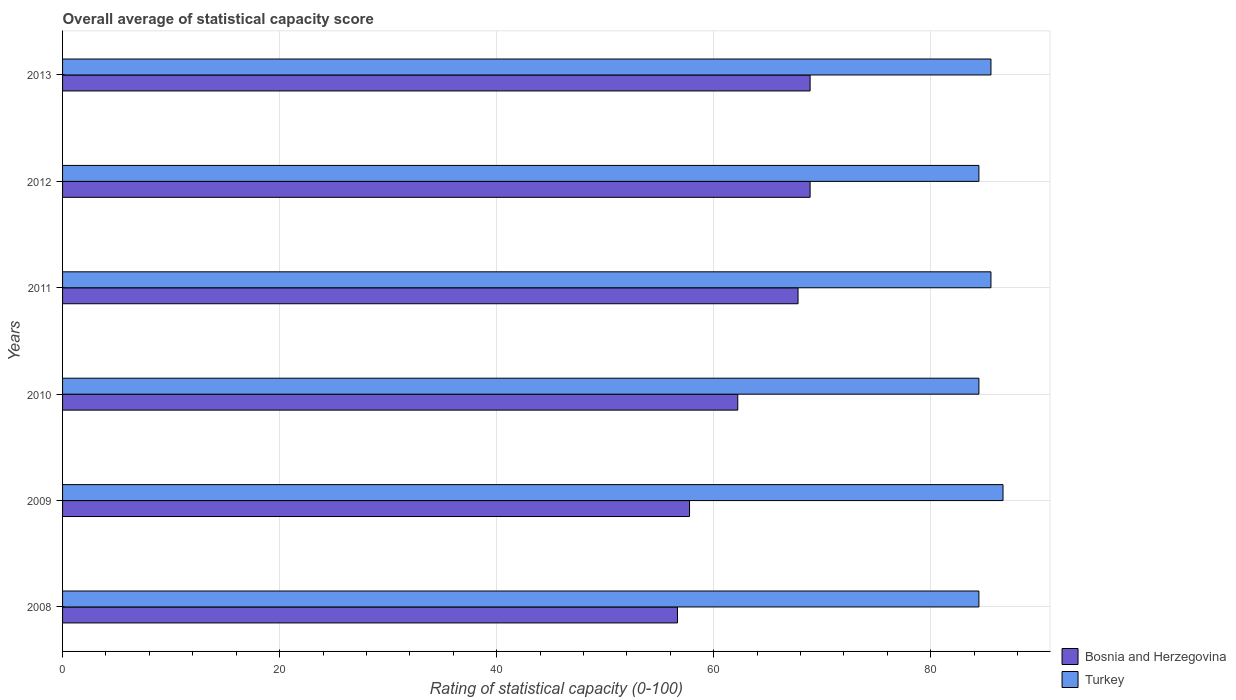
| Years | Bosnia and Herzegovina | Turkey |
 | --- | --- | --- |
 | 2008 | 56.7 | 84.4 |
 | 2009 | 57.8 | 86.7 |
 | 2010 | 62.2 | 84.4 |
 | 2011 | 67.8 | 85.6 |
 | 2012 | 68.9 | 84.4 |
 | 2013 | 68.9 | 85.6 |